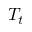
T _ { t }